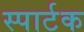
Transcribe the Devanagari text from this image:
स्पार्टक